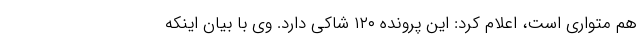
هم متواری است، اعلام کرد: این پرونده ۱۲۰ شاکی دارد. وی با بیان اینکه